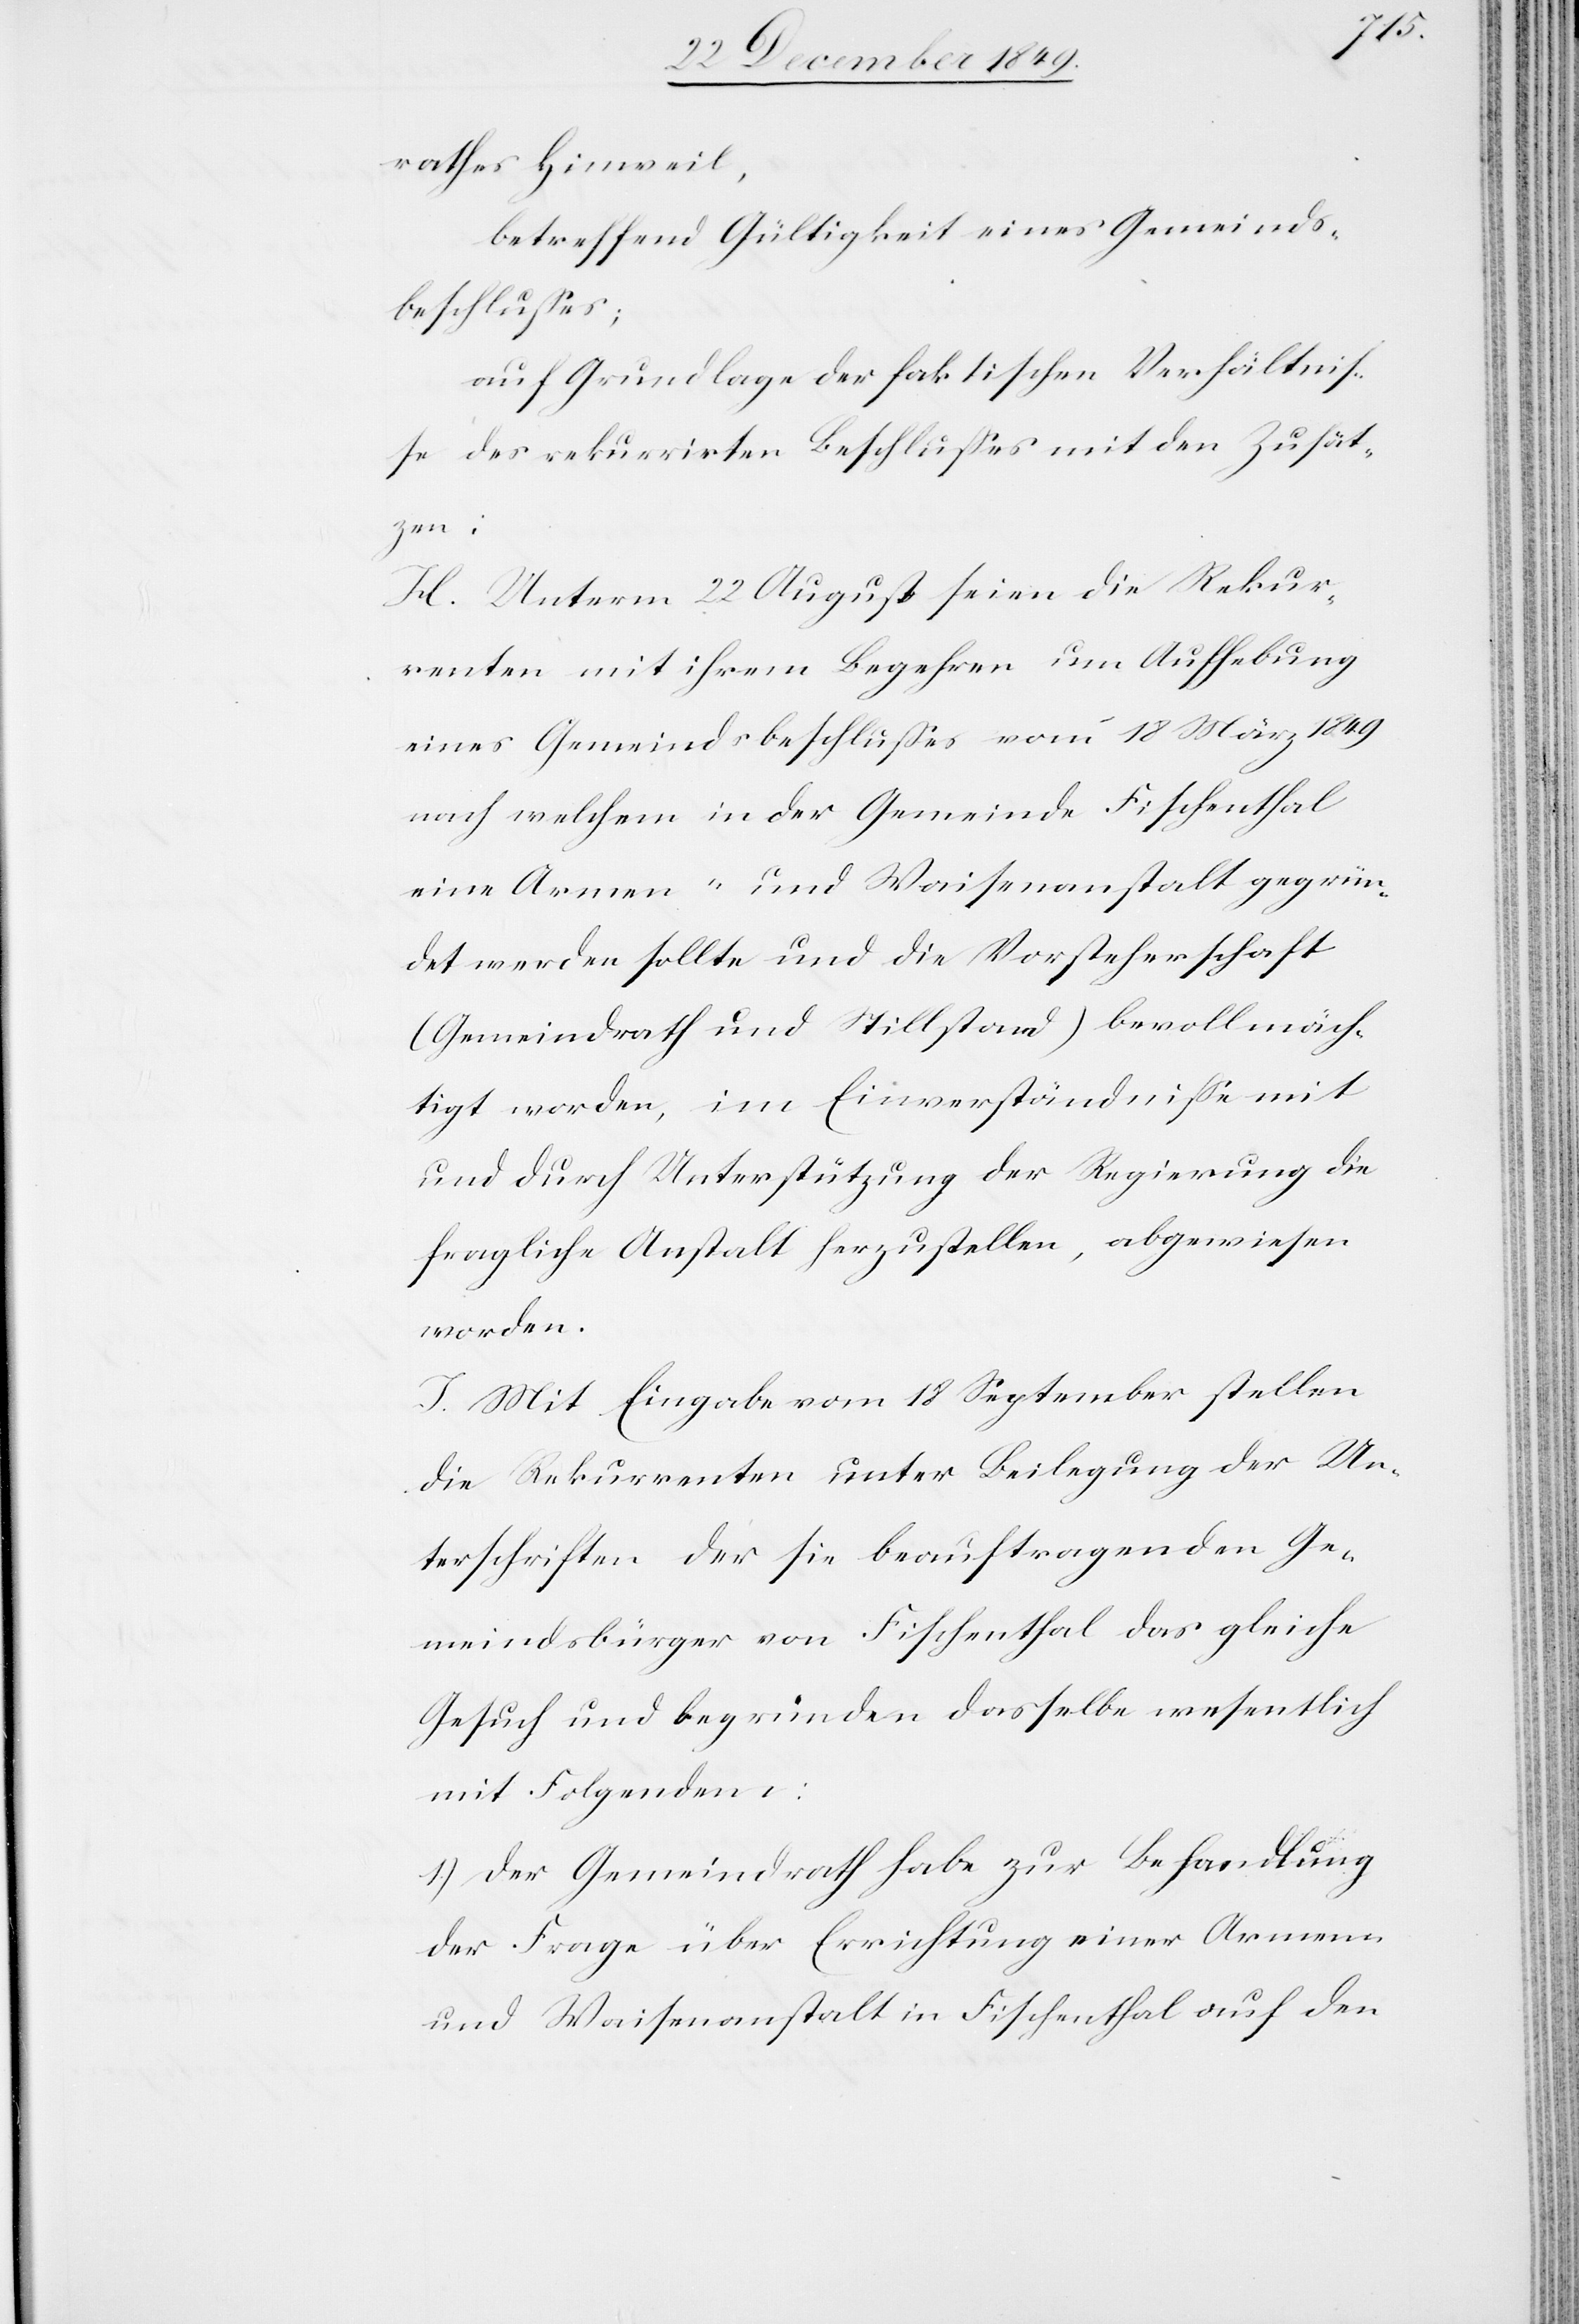
rathes Hinweil,
betreffend Gültigkeit eines Gemeinds¬
beschlußes;
auf Grundlage der faktischen Verhältniß¬
e des rekurrirten Beschlußes mit den Zusät¬
zen:
H. Unterm 22 August seien die Rekur¬
renten mit ihrem Begehren um Aufhebung
eines Gemeindsbeschlußes vom 18 März 1849
nach welchem in der Gemeinde Fischenthal
eine Armen- und Waisenanstalt gegrün¬
det werden sollte und die Vorsteherschaft
(Gemeindrath und Stillstand) bevollmäch¬
tigt worden, im Einverständniße mit
und durch Unterstützung der Regierung die
fragliche Anstalt herzustellen, abgewiesen
worden.
J. Mit Eingabe vom 18 September stellen
die Rekurrenten unter Beilegung der Un¬
terschriften der sie beauftragenden Ge¬
meindsbürger von Fischenthal das gleiche
Gesuch und begründen dasselbe wesentlich
mit Folgendem:
1.) Der Gemeindrath habe zur Behandlung
der Frage über Errichtung einer Armen
und Waisenanstalt in Fischenthal auf den